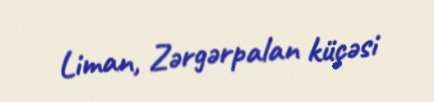
Liman, Zərgərpalan küçəsi